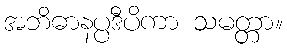
အဘိဓာနပ္ပဒီပိကာ သမတ္တာ။